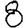
Digit: 8